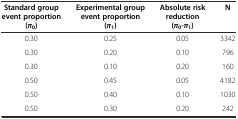
<table><thead><tr><td><b>Standard group event proportion (<i>π</i><sub>0</sub>)</b></td><td><b>Experimental group event proportion (<i>π</i><sub>1</sub>)</b></td><td><b>Absolute risk reduction (<i>π</i><sub>0</sub>-<i>π</i><sub>1</sub>)</b></td><td><b>N</b></td></tr></thead><tbody><tr><td>0.30</td><td>0.25</td><td>0.05</td><td>3342</td></tr><tr><td>0.30</td><td>0.20</td><td>0.10</td><td>796</td></tr><tr><td>0.30</td><td>0.10</td><td>0.20</td><td>160</td></tr><tr><td>0.50</td><td>0.45</td><td>0.05</td><td>4182</td></tr><tr><td>0.50</td><td>0.40</td><td>0.10</td><td>1030</td></tr><tr><td>0.50</td><td>0.30</td><td>0.20</td><td>242</td></tr></tbody></table>